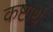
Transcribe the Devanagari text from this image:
कष्टार्थ